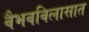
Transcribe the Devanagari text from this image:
वैभवविलासात